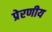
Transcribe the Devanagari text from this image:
प्रेरणीय